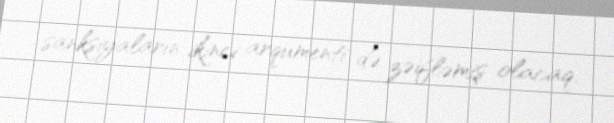
sanksiyaların ikinci arqumenti də zəifləmiş olacaq.